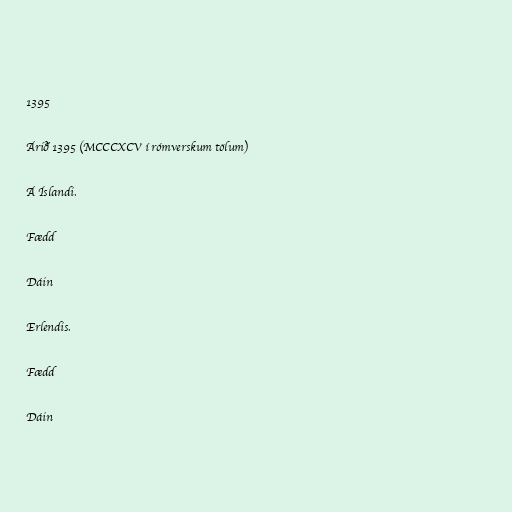
1395

Árið 1395 (MCCCXCV í rómverskum tölum)

Á Íslandi.

Fædd

Dáin

Erlendis.

Fædd

Dáin